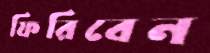
ফিরিবেন